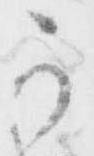
可